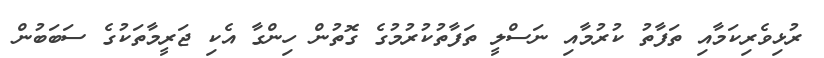
ރުޅިވެރިކަމާއި ތަފާތު ކުރުމާއި ނަސްލީ ތަފާތުކުރުމުގެ ގޮތުން ހިންގާ އެކި ޖަރީމާތަކުގެ ސަބަބުން